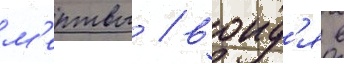
м'ертвы / воид'я в